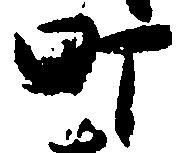
町